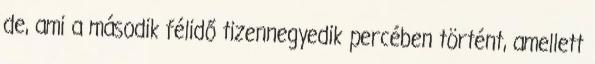
de, ami a második félidő tizennegyedik percében történt, amellett